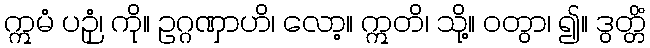
ဣမံ ပဉှံ၊ ကို။ ဥဂ္ဂဏှာဟိ၊ လော့။ ဣတိ၊ သို့။ ဝတွာ၊ ၍။ ဒွတ္တိံ